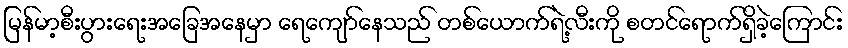
မြန်မာ့စီးပွားရေးအခြေအနေမှာ ရေကျော်နေသည် တစ်ယောက်ရဲ့လီးကို စတင်ရောက်ရှိခဲ့ကြောင်း